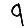
Digit: 9